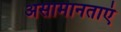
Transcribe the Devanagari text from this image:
असामानताएं